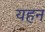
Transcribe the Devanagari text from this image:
यहन